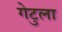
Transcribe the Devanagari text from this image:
गेटुला